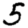
Digit: 5